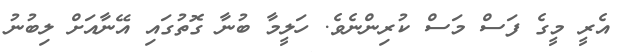
އެރީ މީގެ ފަސް މަސް ކުރިންނެވެ. ހަލީމާ ބުނާ ގޮތުގައި އޭނާއަށް ލިބުނު